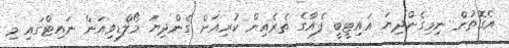
އެގޮތުން ނިމިގެންދިޔަ އައިޓީބީ ފެއާގެ ތެރެއިން ކުރިއަށް ގެންދިޔަ މޯލްޑިވިއަން ނައިޓްގައި މި